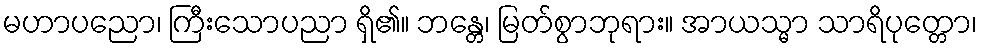
မဟာပညော၊ ကြီးသောပညာ ရှိ၏။ ဘန္တေ၊ မြတ်စွာဘုရား။ အာယသ္မာ သာရိပုတ္တော၊